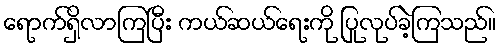
ရောက်ရှိလာကြပြီး ကယ်ဆယ်ရေးကို ပြုလုပ်ခဲ့ကြသည်။